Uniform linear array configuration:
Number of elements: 4
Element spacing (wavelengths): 0.75
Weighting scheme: hann
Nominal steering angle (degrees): -60
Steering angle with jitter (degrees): -60.985
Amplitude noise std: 0.05
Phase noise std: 0.05

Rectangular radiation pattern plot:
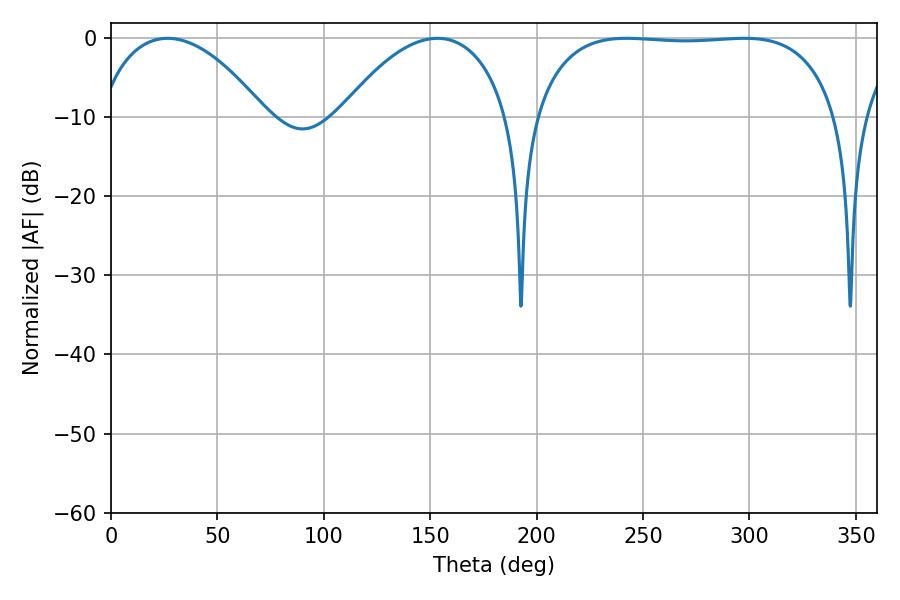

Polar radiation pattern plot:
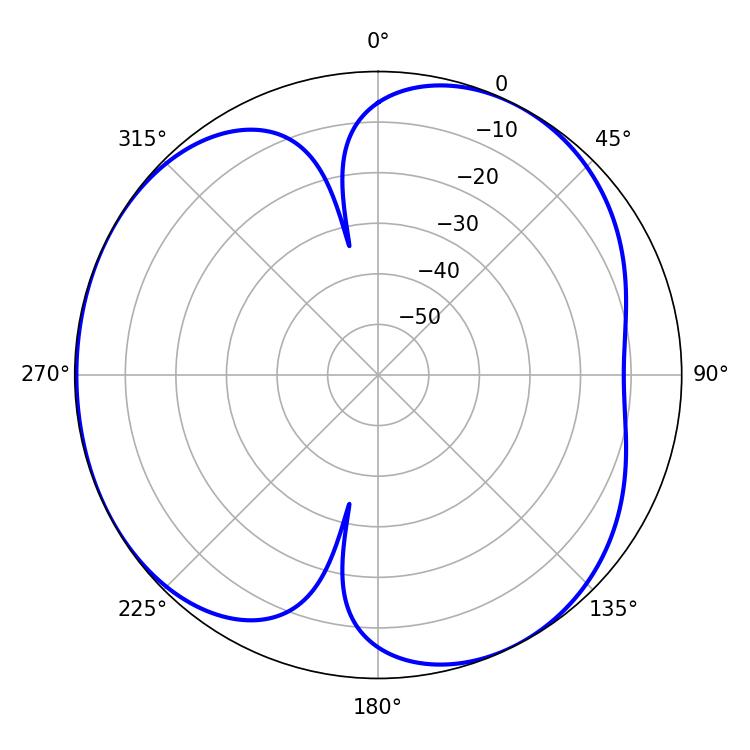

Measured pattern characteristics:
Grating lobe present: TRUE
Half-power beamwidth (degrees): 112.68
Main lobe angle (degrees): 242.28